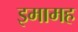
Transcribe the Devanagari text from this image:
इमामह